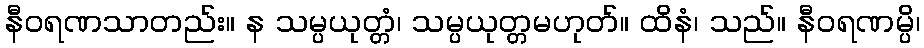
နီဝရဏသာတည်း။ န သမ္ပယုတ္တံ၊ သမ္ပယုတ္တမဟုတ်။ ထိနံ၊ သည်။ နီဝရဏမ္ပိ၊